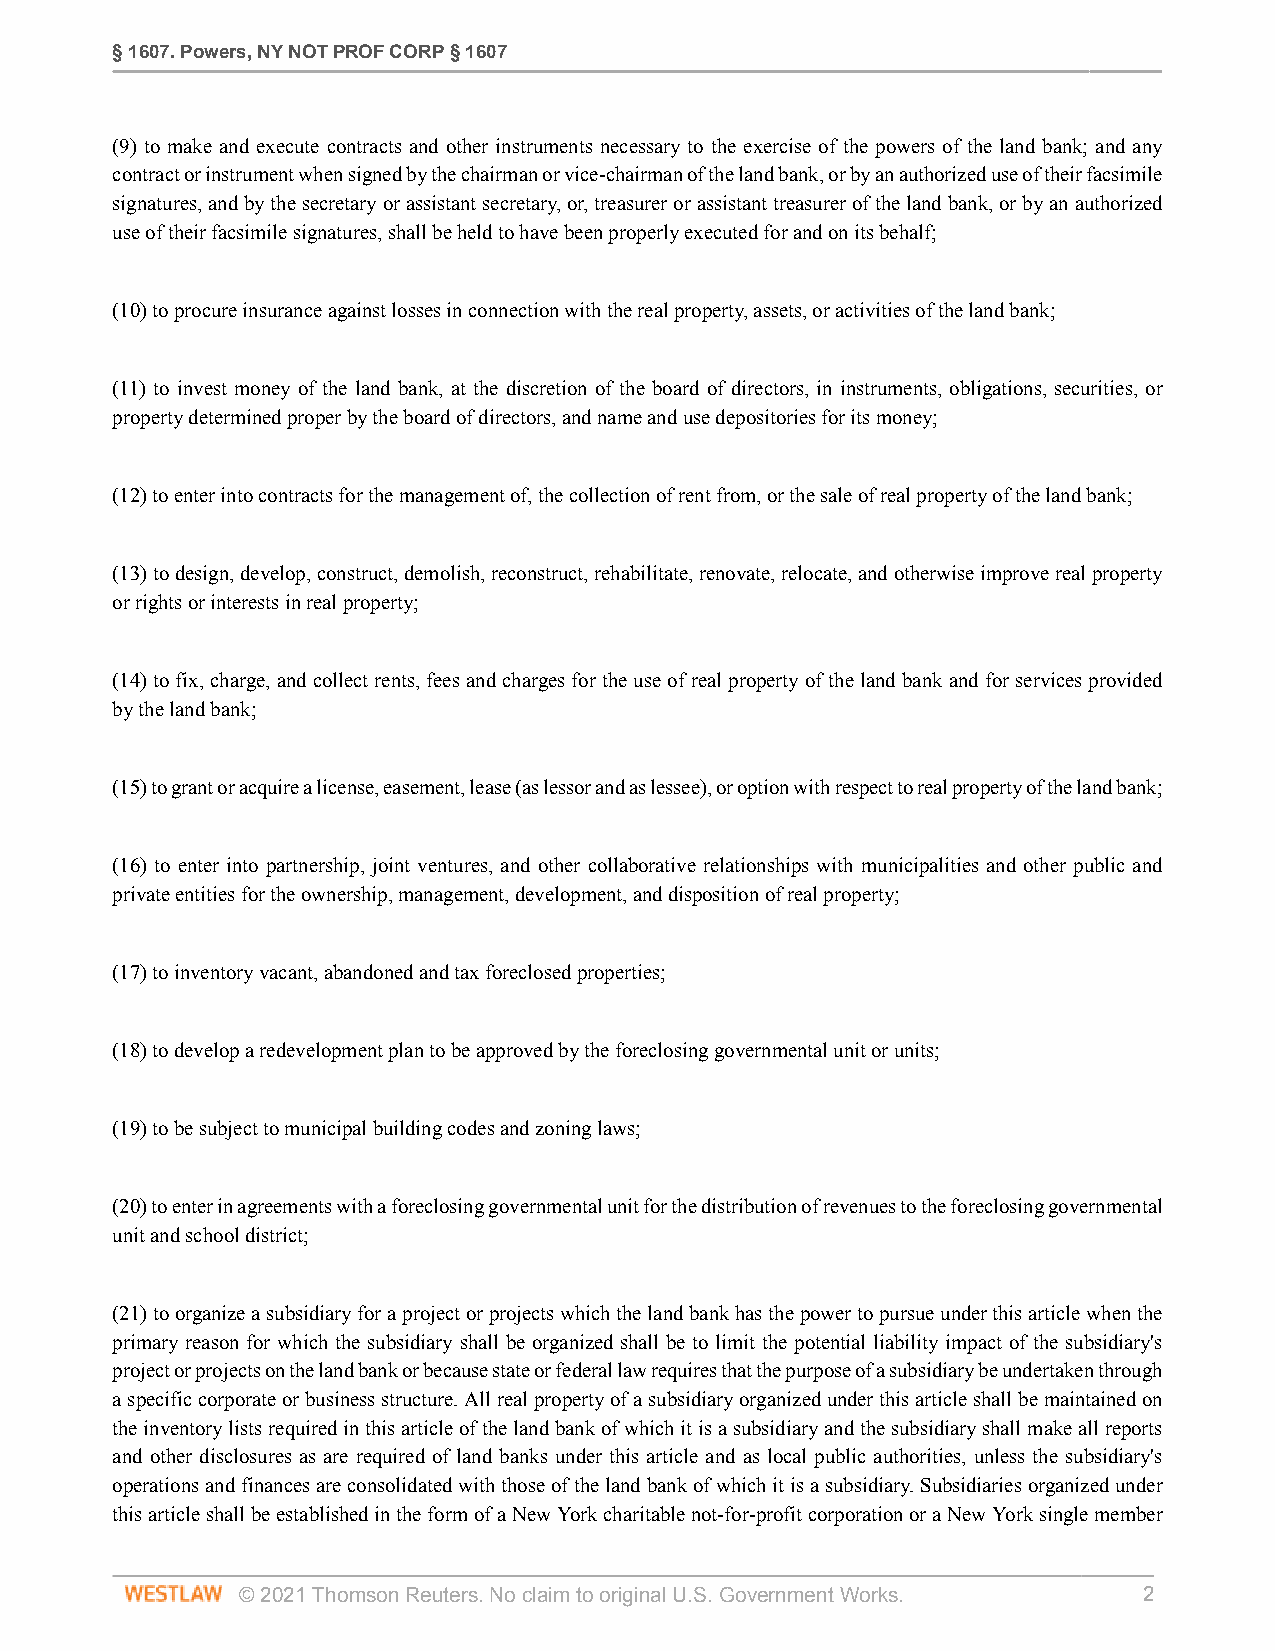
§ 1607. Powers, NY NOT PROF CORP § 1607
 (9) to make and execute contracts and other instruments necessary to the exercise of the powers of the land bank; and any
 contract or instrument when signed by the chairman or vice-chairman of the land bank, or by an authorized use of their facsimile
 signatures, and by the secretary or assistant secretary, or, treasurer or assistant treasurer of the land bank, or by an authorized
 use of their facsimile signatures, shall be held to have been properly executed for and on its behalf;
 (10) to procure insurance against losses in connection with the real property, assets, or activities of the land bank;
 (11) to invest money of the land bank, at the discretion of the board of directors, in instruments, obligations, securities, or
 property determined proper by the board of directors, and name and use depositories for its money;
 (12) to enter into contracts for the management of, the collection of rent from, or the sale of real property of the land bank;
 (13) to design, develop, construct, demolish, reconstruct, rehabilitate, renovate, relocate, and otherwise improve real property
 or rights or interests in real property;
 (14) to fix, charge, and collect rents, fees and charges for the use of real property of the land bank and for services provided
 by the land bank;
 (15) to grant or acquire a license, easement, lease (as lessor and as lessee), or option with respect to real property of the land bank;
 (16) to enter into partnership, joint ventures, and other collaborative relationships with municipalities and other public and
 private entities for the ownership, management, development, and disposition of real property;
 (17) to inventory vacant, abandoned and tax foreclosed properties;
 (18) to develop a redevelopment plan to be approved by the foreclosing governmental unit or units;
 (19) to be subject to municipal building codes and zoning laws;
 (20) to enter in agreements with a foreclosing governmental unit for the distribution of revenues to the foreclosing governmental
 unit and school district;
 (21) to organize a subsidiary for a project or projects which the land bank has the power to pursue under this article when the
 primary reason for which the subsidiary shall be organized shall be to limit the potential liability impact of the subsidiary's
 project or projects on the land bank or because state or federal law requires that the purpose of a subsidiary be undertaken through
 a specific corporate or business structure. All real property of a subsidiary organized under this article shall be maintained on
 the inventory lists required in this article of the land bank of which it is a subsidiary and the subsidiary shall make all reports
 and other disclosures as are required of land banks under this article and as local public authorities, unless the subsidiary's
 operations and finances are consolidated with those of the land bank of which it is a subsidiary. Subsidiaries organized under
 this article shall be established in the form of a New York charitable not-for-profit corporation or a New York single member
 © 2021 Thomson Reuters. No claim to original U.S. Government Works. 2